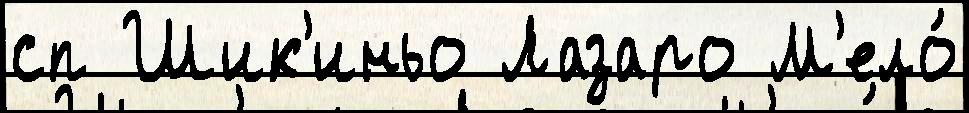
сп Шик'иньо Лазаро М'ело́